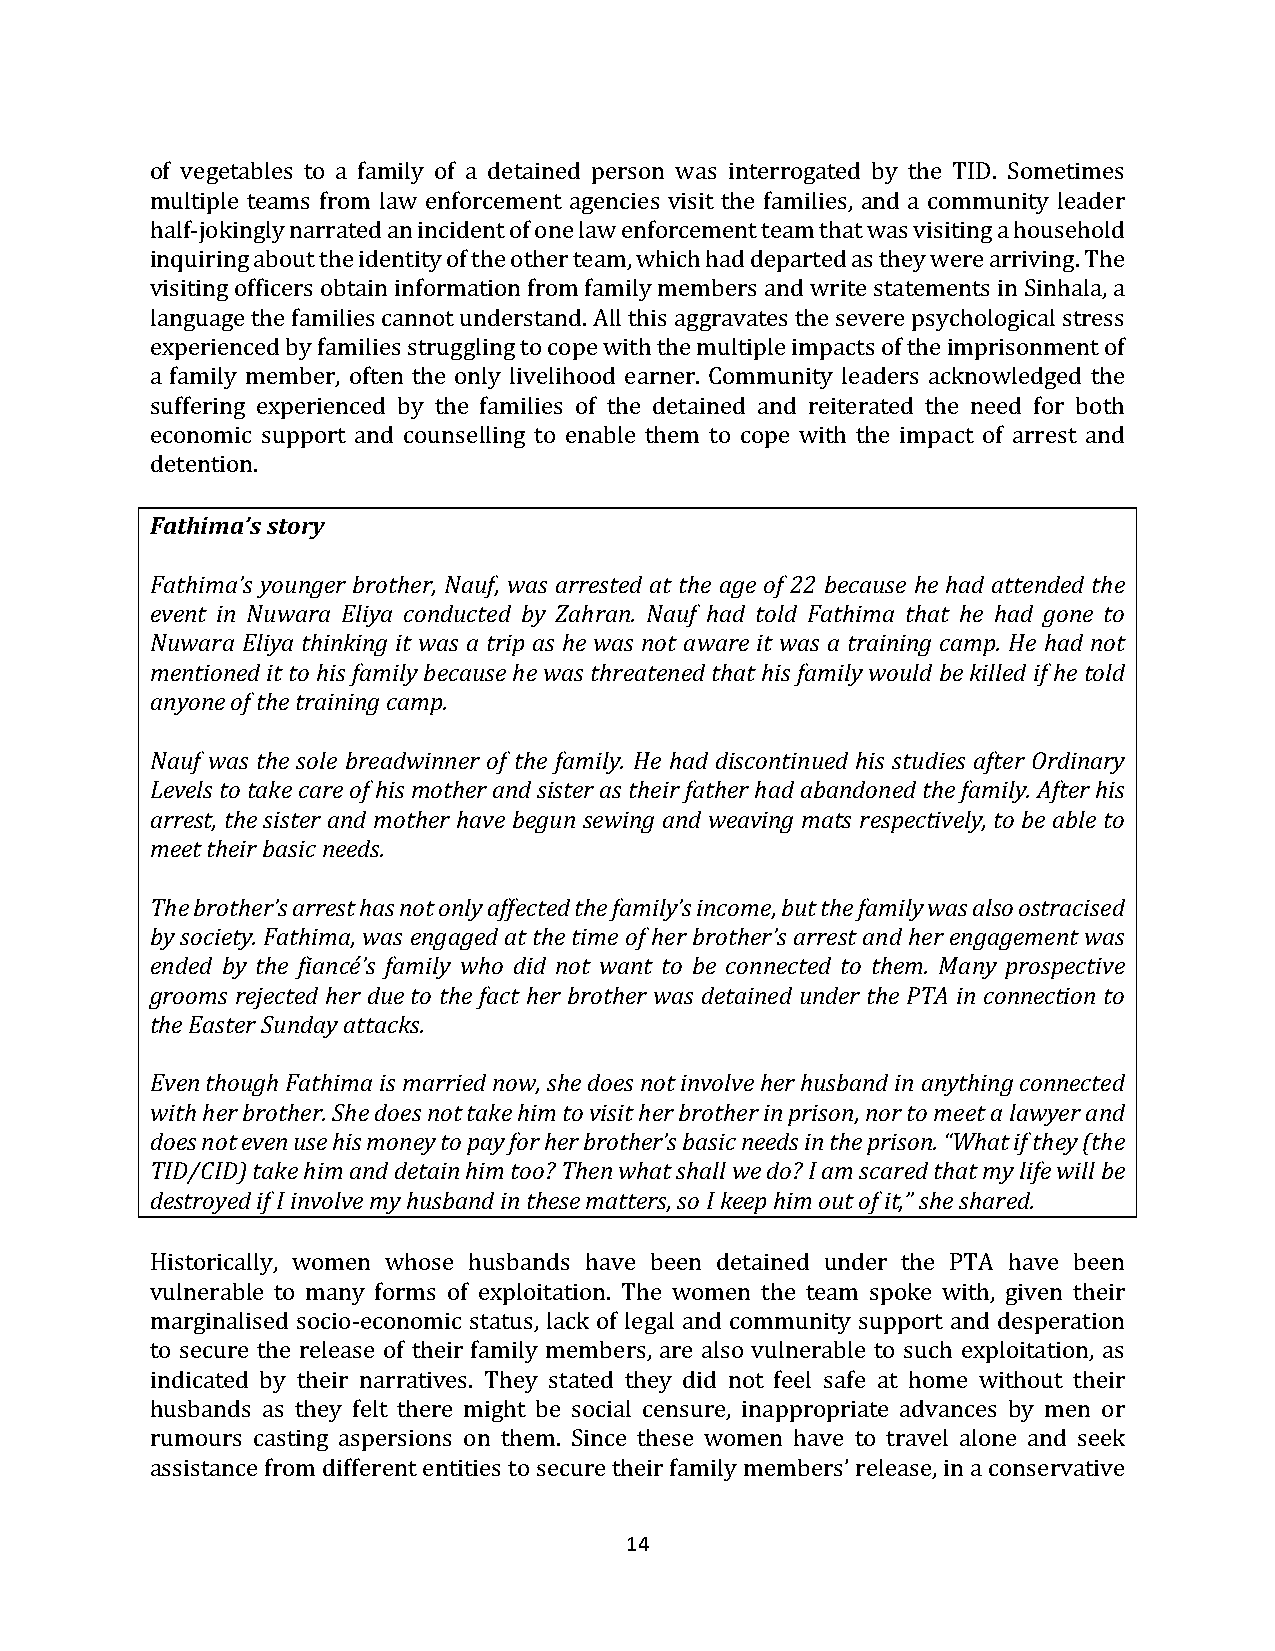
of vegetables to a family of a detained person was interrogated by the TID. Sometimes
 multiple teams from law enforcement agencies visit the families, and a community leader
 half-jokingly narrated an incident of one law enforcement team that was visiting a household
 inquiring about the identity of the other team, which had departed as they were arriving. The
 visiting officers obtain information from family members and write statements in Sinhala, a
 language the families cannot understand. All this aggravates the severe psychological stress
 experienced by families struggling to cope with the multiple impacts of the imprisonment of
 a family member, often the only livelihood earner. Community leaders acknowledged the
 suffering experienced by the families of the detained and reiterated the need for both
 economic support and counselling to enable them to cope with the impact of arrest and
 detention.
 Fathima’s story
 Fathima’s younger brother, Nauf, was arrested at the age of 22 because he had attended the
 event in Nuwara Eliya conducted by Zahran. Nauf had told Fathima that he had gone to
 Nuwara Eliya thinking it was a trip as he was not aware it was a training camp. He had not
 mentioned it to his family because he was threatened that his family would be killed if he told
 anyone of the training camp.
 Nauf was the sole breadwinner of the family. He had discontinued his studies after Ordinary
 Levels to take care of his mother and sister as their father had abandoned the family. After his
 arrest, the sister and mother have begun sewing and weaving mats respectively, to be able to
 meet their basic needs.
 The brother’s arrest has not only affected the family’s income, but the family was also ostracised
 by society. Fathima, was engaged at the time of her brother’s arrest and her engagement was
 ended by the fiancé’s family who did not want to be connected to them. Many prospective
 grooms rejected her due to the fact her brother was detained under the PTA in connection to
 the Easter Sunday attacks.
 Even though Fathima is married now, she does not involve her husband in anything connected
 with her brother. She does not take him to visit her brother in prison, nor to meet a lawyer and
 does not even use his money to pay for her brother’s basic needs in the prison. “What if they (the
 TID/CID) take him and detain him too? Then what shall we do? I am scared that my life will be
 destroyed if I involve my husband in these matters, so I keep him out of it,” she shared.
 Historically, women whose husbands have been detained under the PTA have been
 vulnerable to many forms of exploitation. The women the team spoke with, given their
 marginalised socio-economic status, lack of legal and community support and desperation
 to secure the release of their family members, are also vulnerable to such exploitation, as
 indicated by their narratives. They stated they did not feel safe at home without their
 husbands as they felt there might be social censure, inappropriate advances by men or
 rumours casting aspersions on them. Since these women have to travel alone and seek
 assistance from different entities to secure their family members’ release, in a conservative
 14